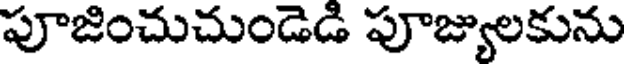
పూజించుచుండెడి పూజ్యులకును